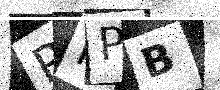
Text: PKPB